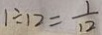
1 \div 1 2 = \frac { 1 } { 1 2 }